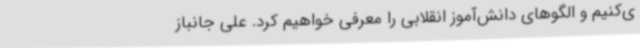
ی‌کنیم و الگوهای دانش‌آموز انقلابی را معرفی خواهیم کرد. علی جانباز